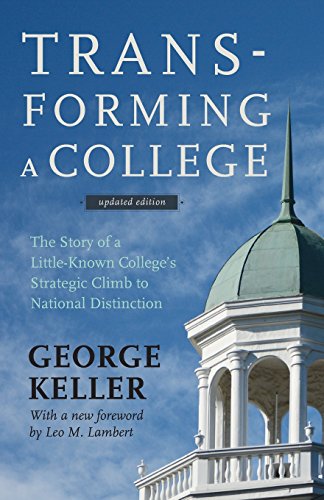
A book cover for Transforming a College: The Story of a Little-Known College's Strategic Climb to National Distinction; George Keller; Education & Teaching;